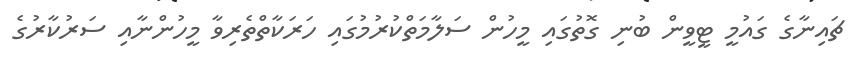
ޗައިނާގެ ގައުމީ ޓީވީން ބުނި ގޮތުގައި މީހުން ސަލާމަތްކުރުމުގައި ހަރަކާތްތެރިވާ މީހުންނާއި ސަރުކާރުގެ